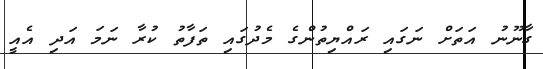
ގާނޫނު އަތަށް ނަގައި ރައްޔިތުންގެ މެދުގައި ތަފާތު ކުރާ ނަމަ އަދި އެއީ